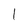
Character: 1